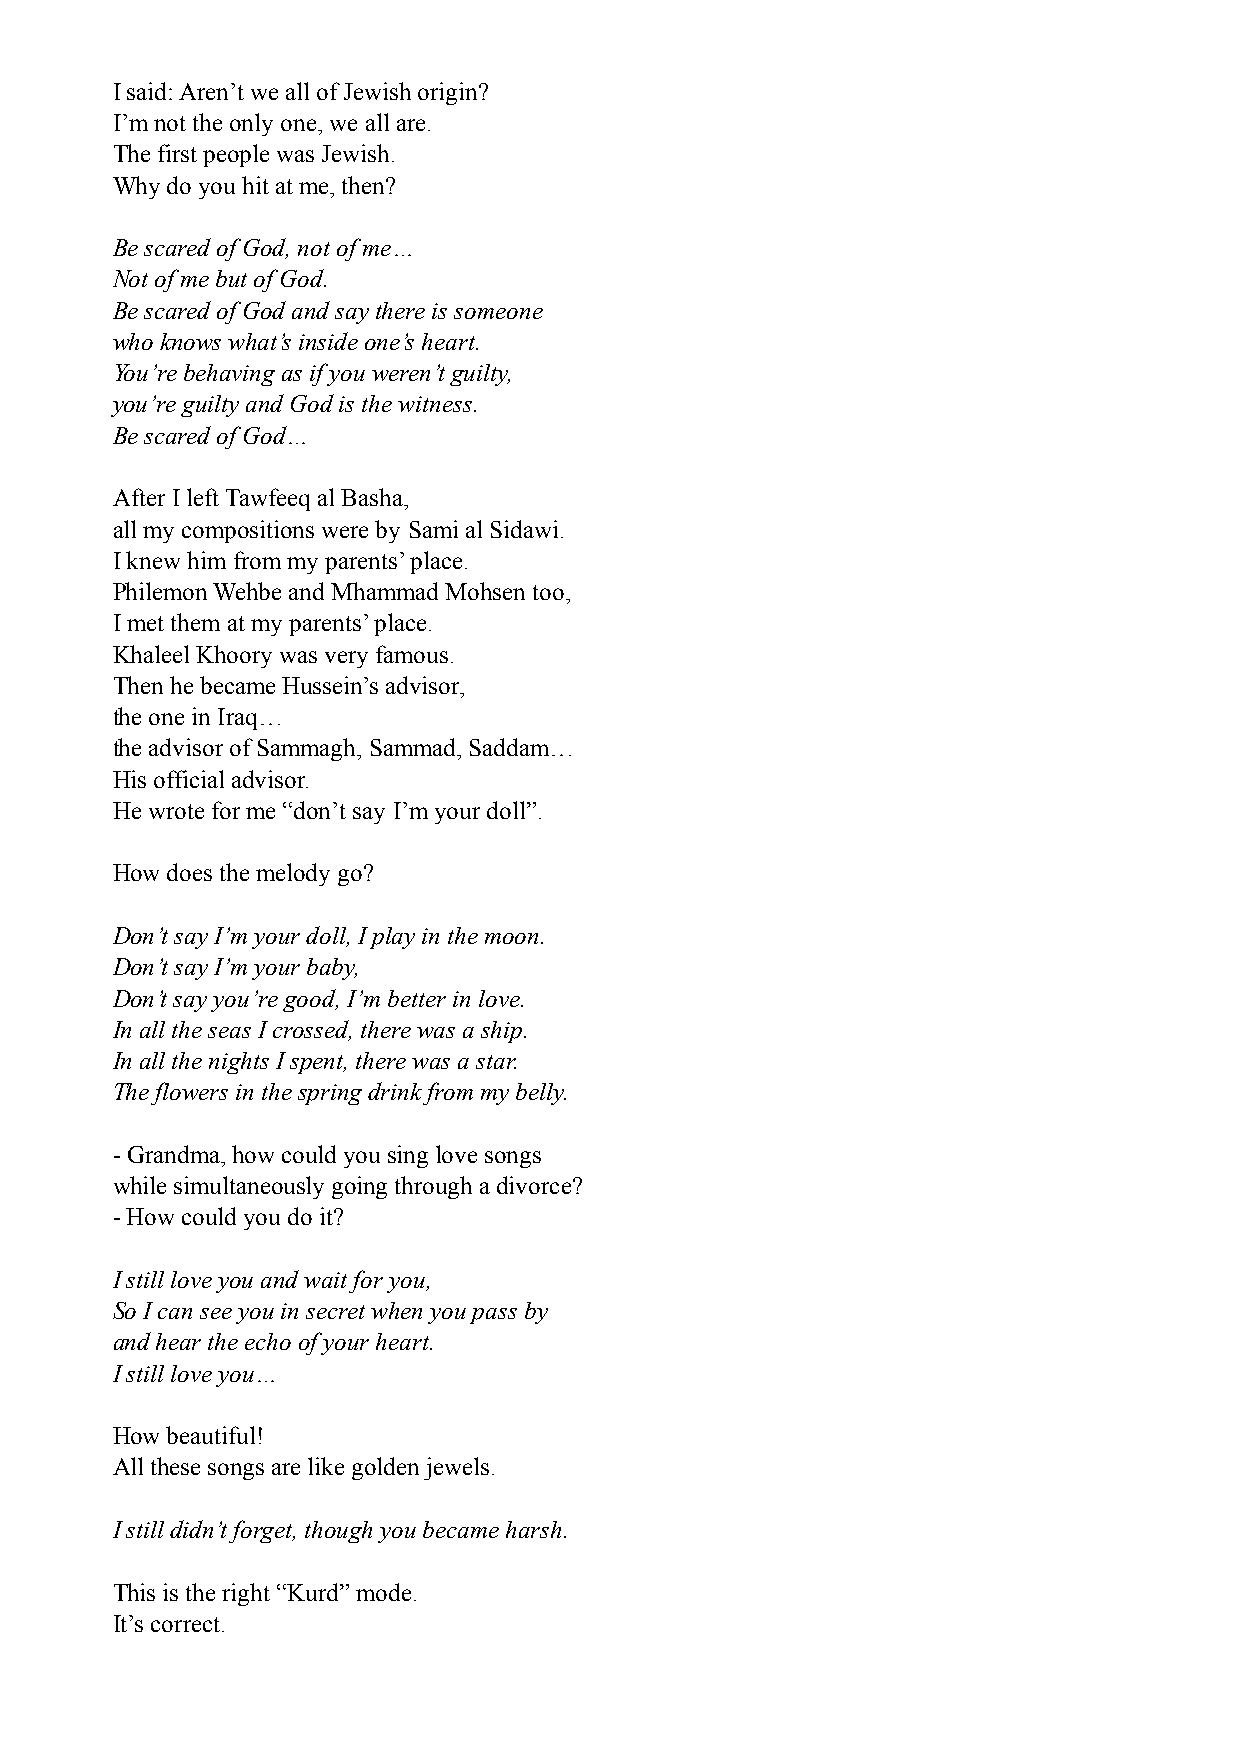
I said: Aren’t we all of Jewish origin?
 I’m not the only one, we all are.
 The first people was Jewish.
 Why do you hit at me, then?
 Be scared of God, not of me…
 Not of me but of God.
 Be scared of God and say there is someone
 who knows what’s inside one’s heart.
 You’re behaving as if you weren’t guilty,
 you’re guilty and God is the witness.
 Be scared of God…
 After I left Tawfeeq al Basha,
 all my compositions were by Sami al Sidawi.
 I knew him from my parents’ place.
 Philemon Wehbe and Mhammad Mohsen too,
 I met them at my parents’ place.
 Khaleel Khoory was very famous.
 Then he became Hussein’s advisor,
 the one in Iraq…
 the advisor of Sammagh, Sammad, Saddam…
 His official advisor.
 He wrote for me “don’t say I’m your doll”.
 How does the melody go?
 Don’t say I’m your doll, I play in the moon.
 Don’t say I’m your baby,
 Don’t say you’re good, I’m better in love.
 In all the seas I crossed, there was a ship.
 In all the nights I spent, there was a star.
 The flowers in the spring drink from my belly.
 - Grandma, how could you sing love songs
 while simultaneously going through a divorce?
 - How could you do it?
 I still love you and wait for you,
 So I can see you in secret when you pass by
 and hear the echo of your heart.
 I still love you…
 How beautiful!
 All these songs are like golden jewels.
 I still didn’t forget, though you became harsh.
 This is the right “Kurd” mode.
 It’s correct.